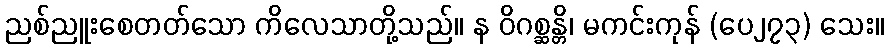
ညစ်ညူးစေတတ်သော ကိလေသာတို့သည်။ န ဝိဂစ္ဆန္တိ၊ မကင်းကုန် (ပေ၂၇၃) သေး။